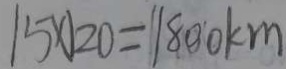
1 5 \times 1 2 0 = 1 8 0 0 k m